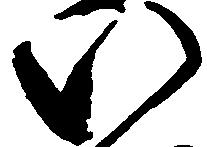
い